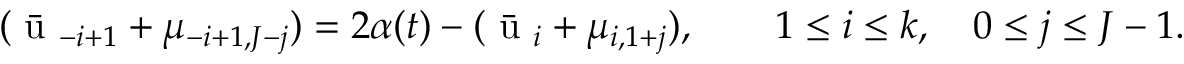
( \bar { \mathrm { ~ u ~ } } _ { - i + 1 } + \mu _ { - i + 1 , J - j } ) = 2 \alpha ( t ) - ( \bar { \mathrm { ~ u ~ } } _ { i } + \mu _ { i , 1 + j } ) , \qquad 1 \leq i \leq k , \quad 0 \leq j \leq J - 1 .